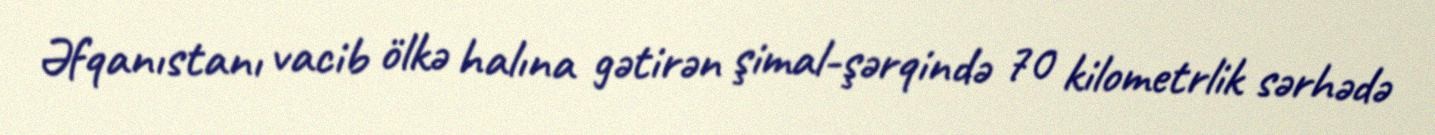
Əfqanıstanı vacib ölkə halına gətirən şimal-şərqində 70 kilometrlik sərhədə